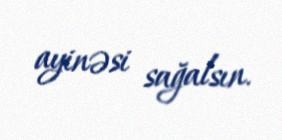
ayinəsi sağalsın.